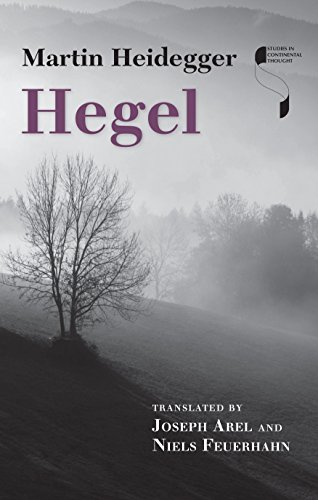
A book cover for Hegel (Studies in Continental Thought); Martin Heidegger; Politics & Social Sciences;